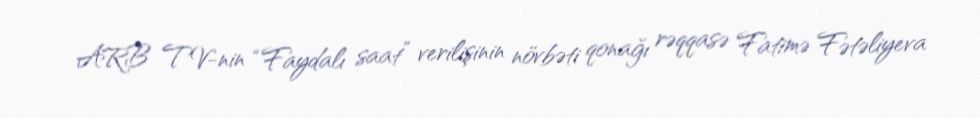
ARB TV-nin “Faydalı saat” verilişinin növbəti qonağı rəqqasə Fatimə Fətəliyeva